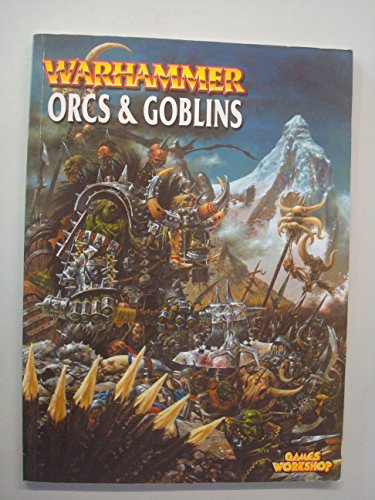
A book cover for Warhammer Armies: Orcs & Goblins; Jake Thornton; Science Fiction & Fantasy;